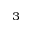
^ 3